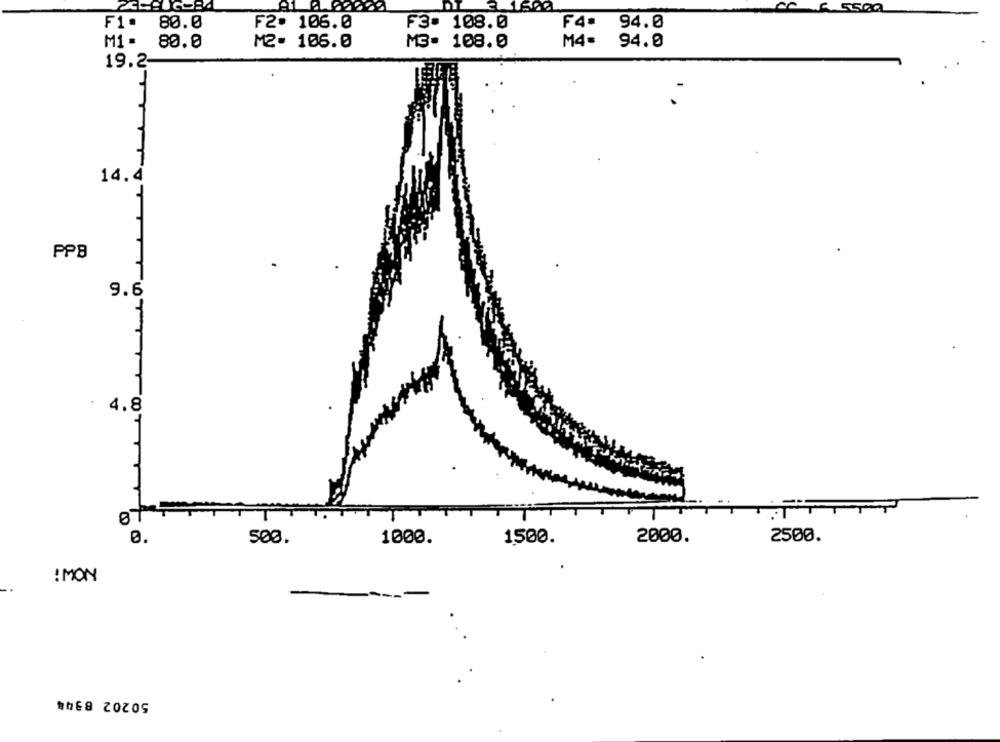
1600
F4.
94.0
F1.
80.0
F2. 106.0
F3- 108.0
M1 .
80.0
M2- 106.0
M3- 108.0
M4-
94.0
19.2-
ITTYT
14.4
T
PPB
9.6
T
4.8
0.
500.
1000.
1500.
2000.
2500.
! MON
50202 8344